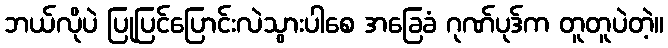
ဘယ်လိုပဲ ပြုပြင်ပြောင်းလဲသွားပါစေ အခြေခံ ဂုဏ်ပုဒ်က တူတူပဲတဲ့။